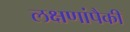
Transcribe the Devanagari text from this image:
लक्षणांपैकी